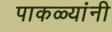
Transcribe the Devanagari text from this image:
पाकळ्यांनी